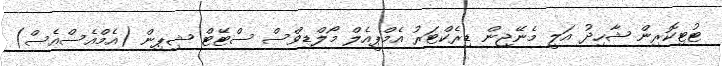
ޓުޓިކޮރިން ޝާހިދު އަލީ މެނޭޖިން ޑިރެކްޓަރު އެމްޕީއެލް މޯލްޑިވްސް ސްޓޭޓް ޝިޕިން (އެމްއެސްއެސް)